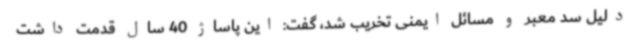
دلیل سد معبر و مسائل ایمنی تخریب شد، گفت: این پاساژ 40 سال قدمت داشت